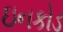
ઇનકોડ